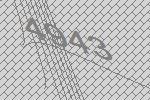
4943